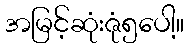
အမြင့်ဆုံးဇုံ၅ပေါ့။